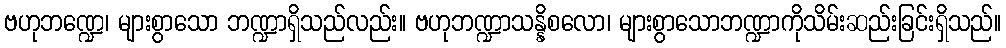
ဗဟုဘဏ္ဍေ၊ များစွာသော ဘဏ္ဍာရှိသည်လည်း။ ဗဟုဘဏ္ဍာသန္နိစလော၊ များစွာသောဘဏ္ဍာကိုသိမ်းဆည်းခြင်းရှိသည်။